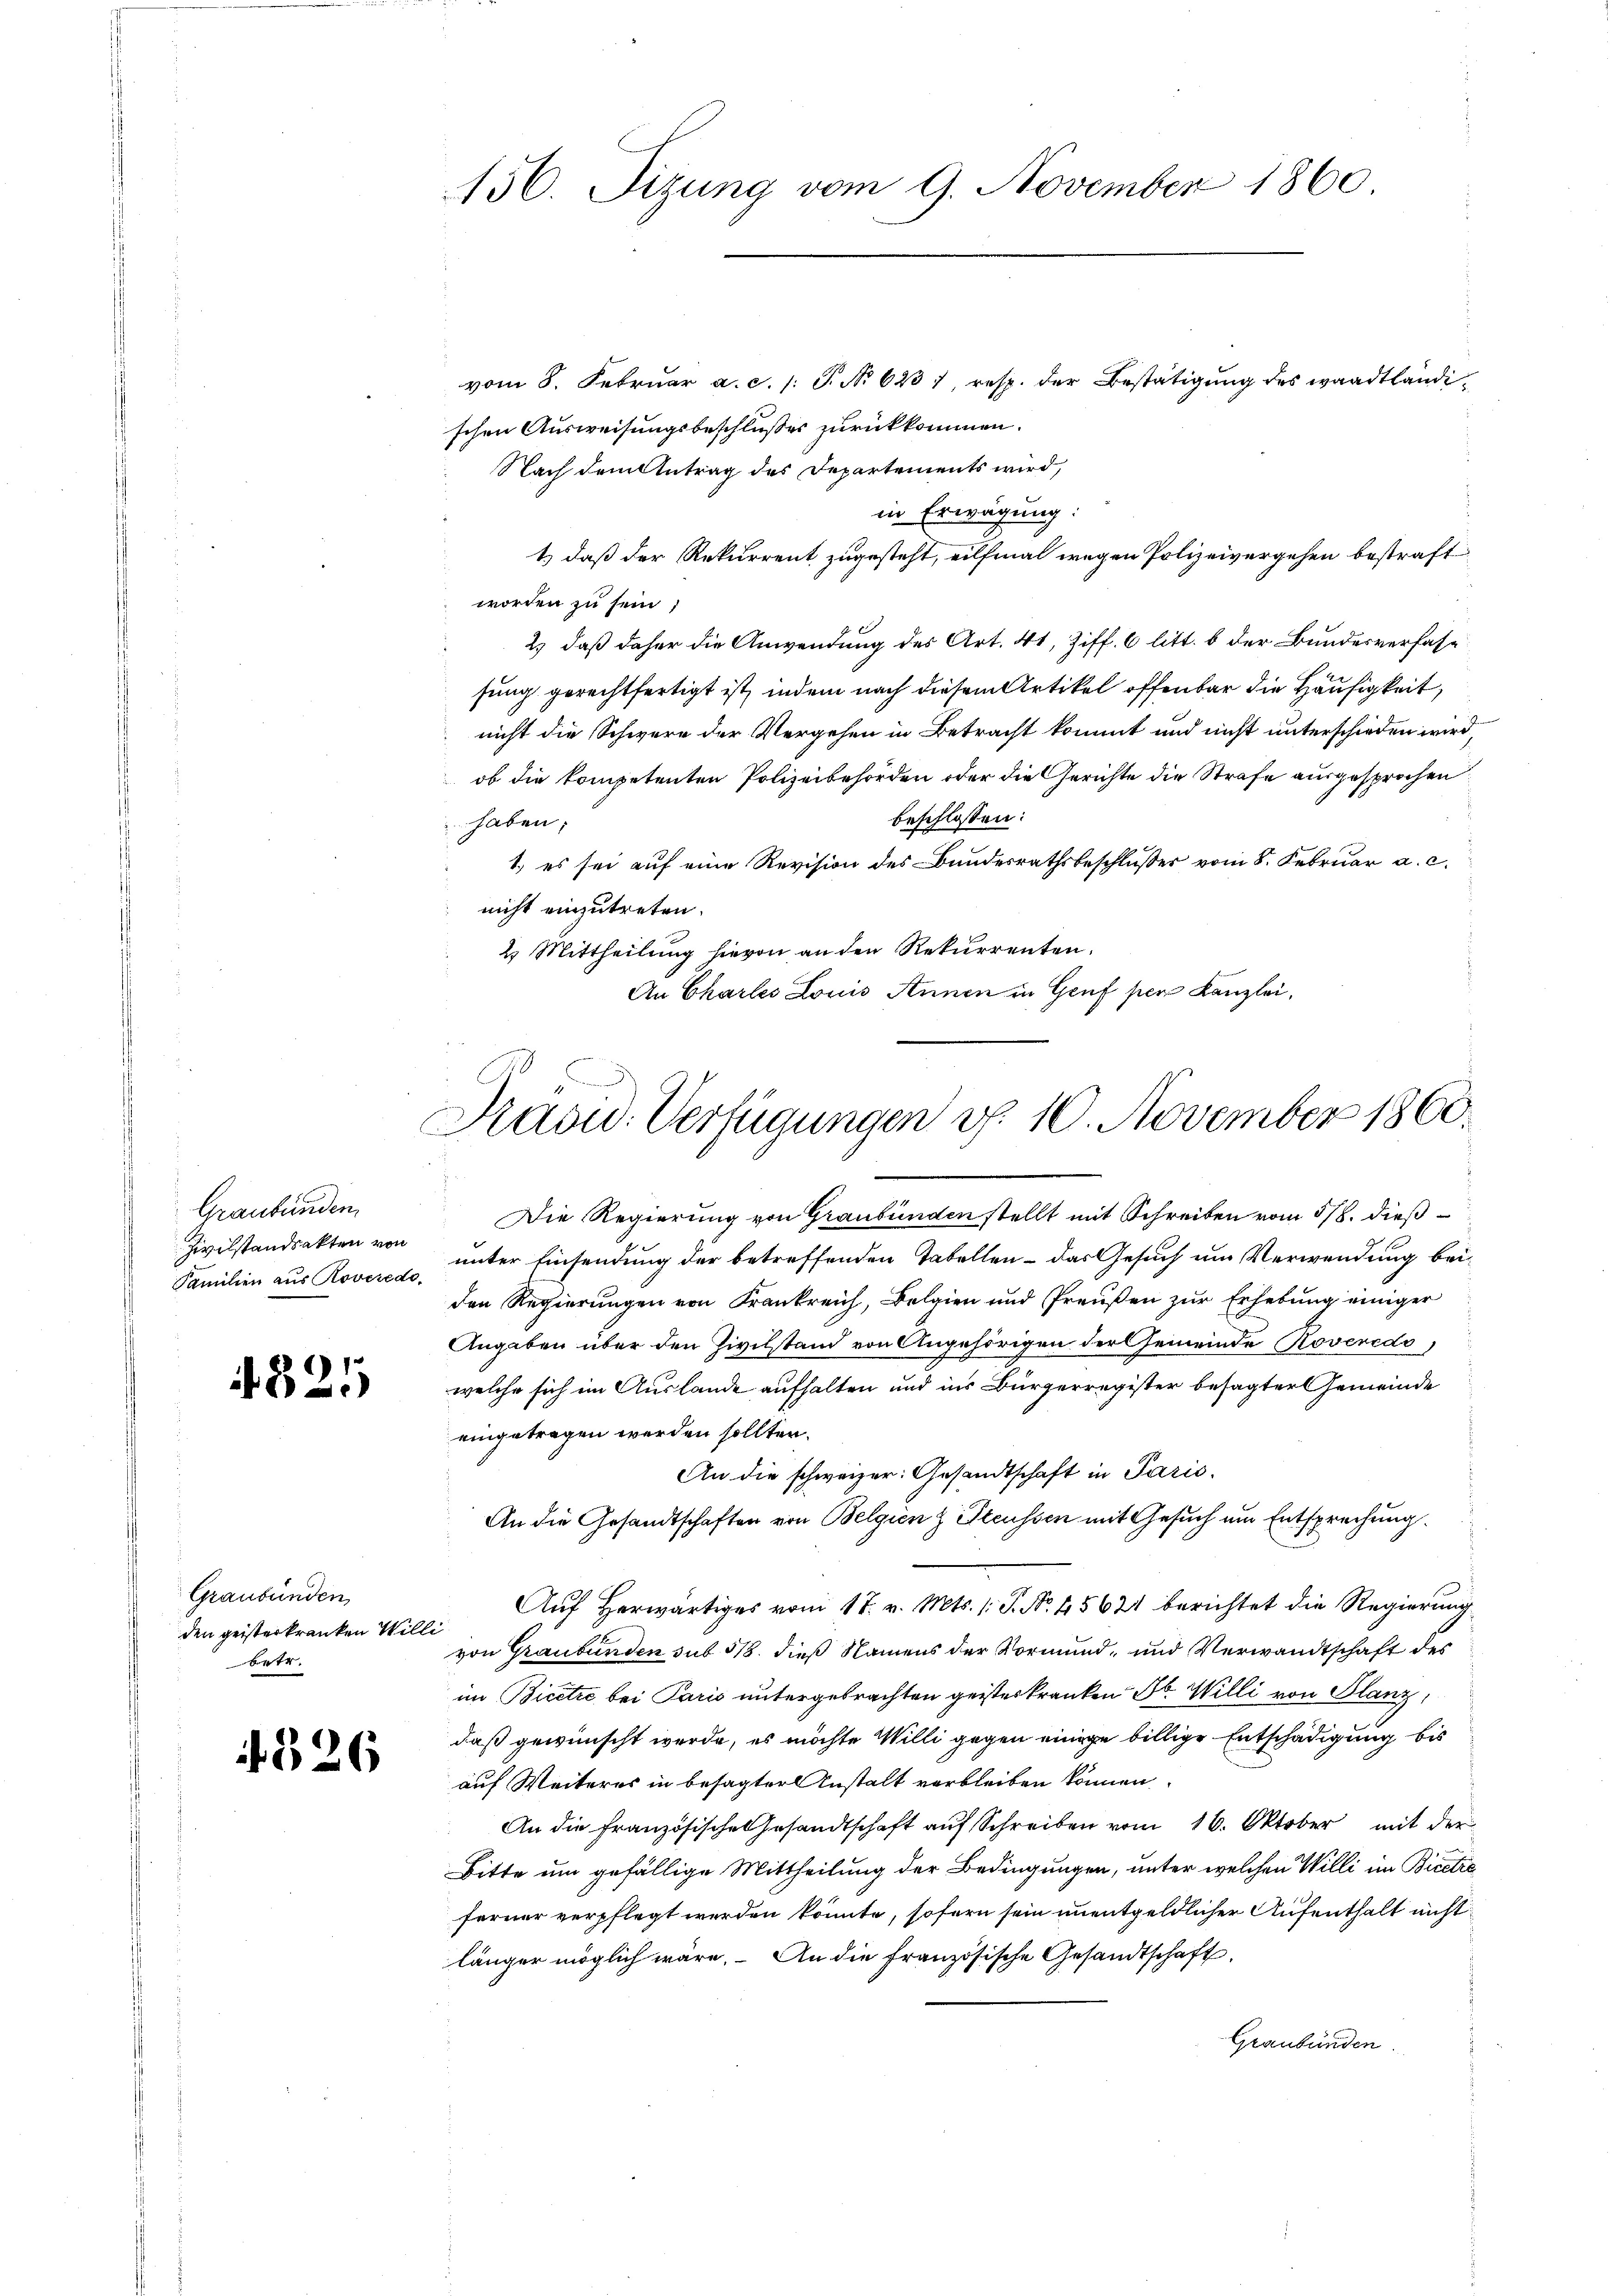
Graubünden
Zivilstandsakten von
Familien aus Roveredo¬

1821

Graubünden
den geisterkranken Will
betr.

326

vom 8. Februar a. c. /: P. No 623 1, resp. der Bestätigung des waadtländischen Ausweisungsbeschlußes zurückkommen.
Nach dem Antrag des Departements wird,
in Erwägung:
1) daß der Rekurrent zugesteht, eilfmal wegen Polizeivergehen bestraft
worden zu sein;
2) daß daher die Anwendung des Art. 41, Ziff. 6 litt. b der Bundesverfassung gerechtfertigt ist, indem nach diesem Artikel offenbar die Häusigkeit,
nicht die Schwere der Vergehen in Betracht kommt und nicht unterschieden wird,
ob die kompetenten Polizeibehörden oder die Gerichte die Strafe ausgesprochen,
beschlossen:
 haben;
1.) es sei auf eine Revision des Bundesrathsbeschlusser vom 8. Februar a. c.
nicht einzutreten.
2. Mittheilung hievon an den Rekurrenten.
An Charles Louis Annen in Genf per Kanzlei,

156. Tizung vom 9. November 1860

Die Regierung von Graubünden stellt mit Schreiben vom 5/8. dießunter Einsendung der betreffenden Tabellen - das Gesuch um Verwendung beiden Regierungen von Frankreich, Belgien und Preußen zur Erhebung einiger
Angaben über den Zivilstand von Angehörigen der Gemeinde Roveredo,
welche sich im Auslande aufhalten und ins Bürgerregister besagter Gemeinde
eingetragen werden sollten.
An die schweizer: Gesandtschaft in Paris.
An die Gesandtschaften von Belgien & Steussen mit Gesuch um Entsprechung.
Auf Herwärtiges vom 17. v. Mts. (T. No. 45621 berichtet die Regierung
l
von Graubünden sub 518. dieß Namens der Vormund, und Verwandtschaft des
im Bicetze bei Paris untergebrachten geisterkranken Jb. Willi von Planz
daß gewünscht werde, es möchte Willi gegen einige billige Entschädigung bis
auf Weiteres in besagter Instalt verbleiben können.
An die französische Gesandtschaft aŭf Schreiben vom 16. Oktober mit der
Bitte um gefällige Mittheilung der Bedingungen, unter welchen Willi im Bicetie
ferner verpflegt werden könnte, sofern sein unentgeldlicher Aufenthalt nicht
länger möglich wäre. An die französische Gesandtschaft
Graubünden.

Präsid. Verfügungen v. 10. November 1860.